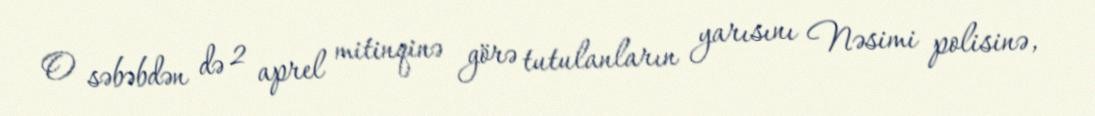
O səbəbdən də 2 aprel mitinqinə görə tutulanların yarısını Nəsimi polisinə,